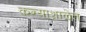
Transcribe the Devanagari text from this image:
कन्याशाळेत